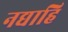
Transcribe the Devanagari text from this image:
नद्याहि